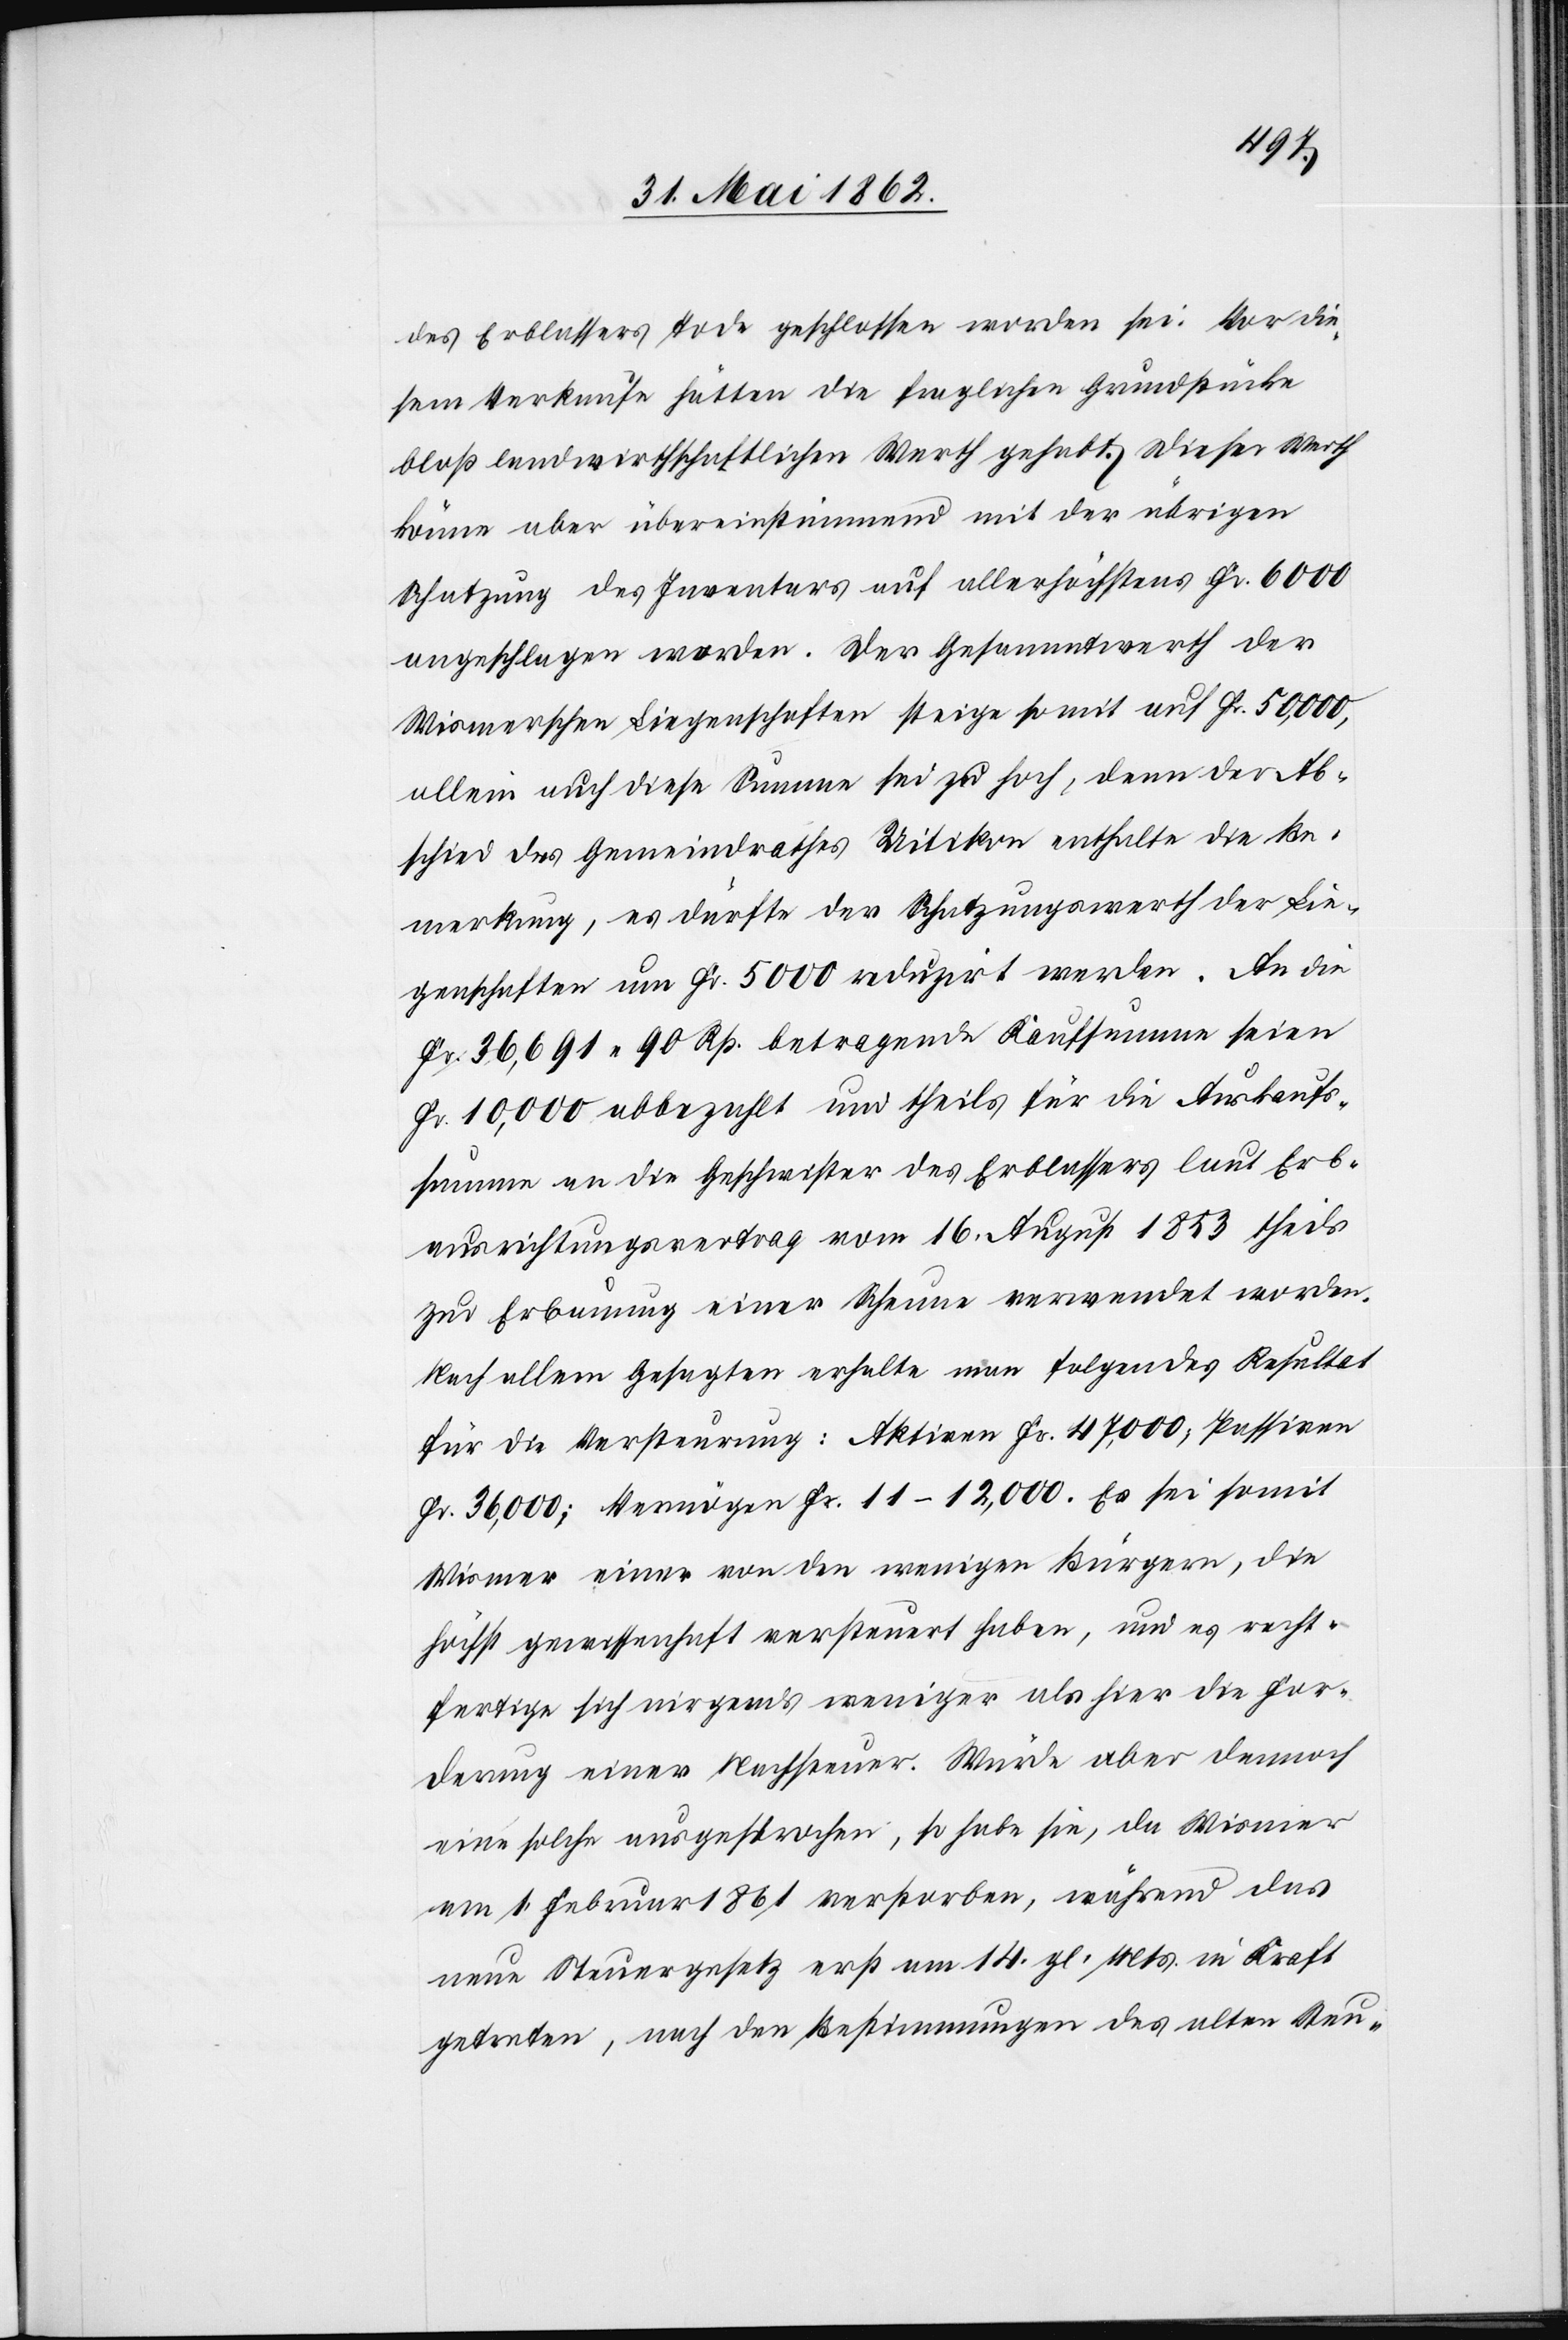
des Erblassers Tode geschlossen worden sei. Vor die¬
sem Verkaufe hätten die fraglichen Grundstücke
bloß landwirthschaftlichen Werth gehabt. Dieser Werth
könne aber übereinstimmend mit der übrigen
Schatzung des Inventars auf allerhöchstens Fr. 6000
angeschlagen werden. Der Gesammtwerth der
Wismerschen Liegenschaften steige somit auf Fr. 50,000,
allein auch diese Summe sei zu hoch, denn der Ab¬
schied des Gemeindrathes Uitikon enthalte die Be¬
merkung, es dürfte der Schatzungswerth der Lie¬
genschaften um Fr. 5000 reduzirt werden. An die
Fr. 36,691 90 Rp. betragende Kaufsumme seien
Fr. 10,000 abbezahlt und theils für die Auskaufs¬
summe an die Geschwister des Erblassers laut Erb¬
ausrichtungsvertrag vom 16. August 1853 theils
zur Erbauung einer Scheune verwendet worden.
Nach allem Gesagten erhalte man folgendes Resultat
für die Versteurung: Aktiven Fr. 47,000, Passiven
Fr. 36,000; Vermögen Fr. 11–12,000. Es sei somit
Wismer einer von den wenigern Bürgern, die
höchst gewissenhaft versteuert haben, und es recht¬
fertige sich nirgends weniger als hier die For¬
derung einer Nachsteuer. Würde aber dennoch
eine solche ausgesprochen, so habe sie, da Wismer
am 1. Februar 1861 verstorben, während das
neue Steuergesetz erst am 14. gl. Mts. in Kraft
getreten, nach den Bestimmungen des alten Steu-